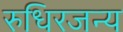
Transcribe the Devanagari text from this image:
रुधिरजन्य